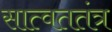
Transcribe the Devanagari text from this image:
सात्वततंत्र